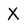
Character: X